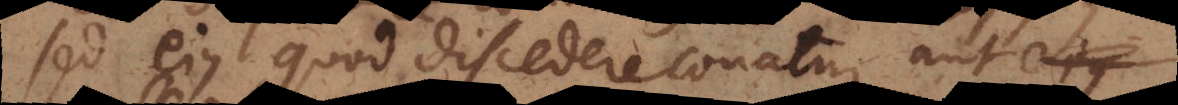
sed ejus quod discedere conatur, aut